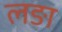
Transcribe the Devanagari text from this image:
लङा